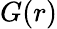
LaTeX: G(r)